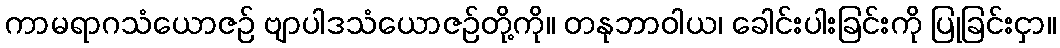
ကာမရာဂသံယောဇဉ် ဗျာပါဒသံယောဇဉ်တို့ကို။ တနုဘာဝါယ၊ ခေါင်းပါးခြင်းကို ပြုခြင်းငှာ။